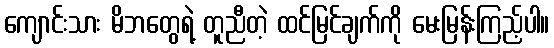
ကျောင်းသား မိဘတွေရဲ့ တူညီတဲ့ ထင်မြင်ချက်ကို မေးမြန်းကြည့်ပါ။